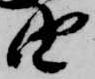
由